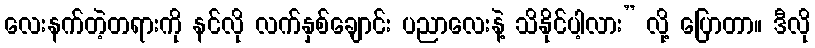
လေးနက်တဲ့တရားကို နင်လို လက်နှစ်ချောင်း ပညာလေးနဲ့ သိနိုင်ပါ့လား” လို့ ပြောတာ။ ဒီလို